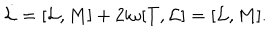
\dot { \cal L } = [ { \cal L } , M ] + 2 \mathrm { i } { \omega } [ T , { \cal L } ] = [ { \cal L } , M ] .